Civil Veterinary Dept. Bombay admin report 1923-31 - 1923-1931
Year: 1923
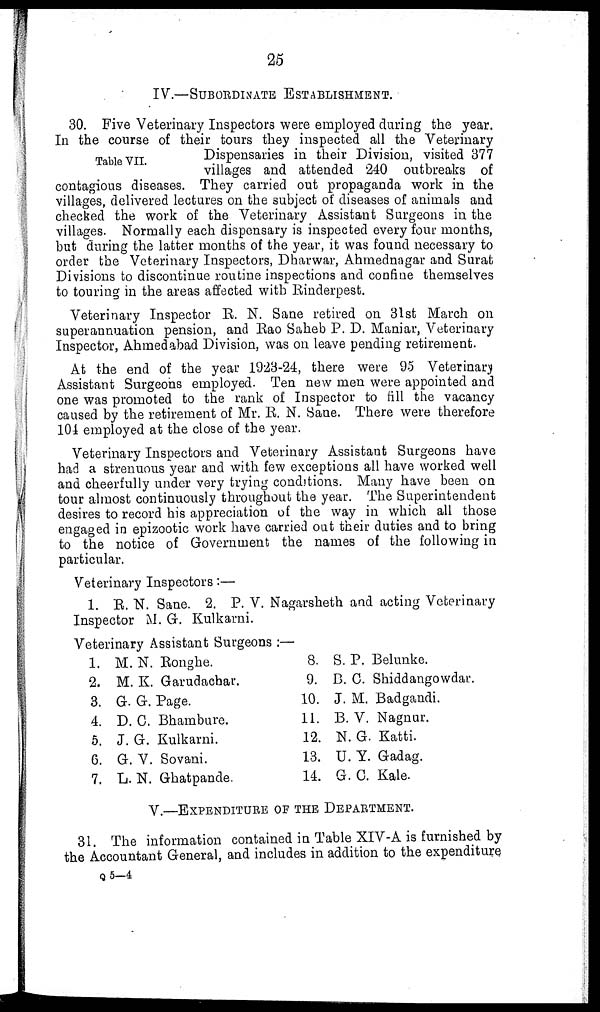
25
IV.—SUBORDINATE ESTABLISHMENT.
Table VII.
30. Five Veterinary Inspectors were employed during the year.
In the course of their tours they inspected all the Veterinary
Dispensaries in their Division, visited 377
villages and attended 240 outbreaks of
contagious diseases. They carried out propaganda work in the
villages, delivered lectures on the subject of diseases of animals and
checked the work of the Veterinary Assistant Surgeons in the
villages. Normally each dispensary is inspected every four months,
but during the latter months of the year, it was found necessary to
order the Veterinary Inspectors, Dharwar, Ahmednagar and Surat
Divisions to discontinue routine inspections and confine themselves
to touring in the areas affected with Rinderpest.
Veterinary Inspector R. N. Sane retired on 31st March on
superannuation pension, and Rao Saheb P. D. Maniar, Veterinary
Inspector, Ahmedabad Division, was on leave pending retirement.
At the end of the year 1923-24, there were 95 Veterinary
Assistant Surgeons employed. Ten new men were appointed and
one was promoted to the rank of Inspector to fill the vacancy
caused by the retirement of Mr. R. N. Sane. There were therefore
104 employed at the close of the year.
Veterinary Inspectors and Veterinary Assistant Surgeons have
had a strenuous year and with few exceptions all have worked well
and cheerfully under very trying conditions. Many have been on
tour almost continuously throughout the year. The Superintendent
desires to record his appreciation of the way in which all those
engaged in epizootic work have carried out their duties and to bring
to the notice of Government the names of the following in
particular.
Veterinary Inspectors:—
1. R. N. Sane. 2. P. V. Nagarsheth and acting Veterinary
Inspector M. G. Kulkarni.
Veterinary Assistant Surgeons :—
1. M. N. Ronghe.
2. M. K. Garudachar.
3. G. G. Page.
4. D. C. Bhambure.
5. J. G. Kulkarni.
6. G. V. Sovani.
7. L. N. Ghatpande.
8. S. P. Belunke.
9. B. C. Shiddangowdar.
10. J. M. Badgandi.
11. B. V. Nagnur.
12. N. G. Katti.
13. U. Y. Gadag.
14. G. C. Kale.
V.—EXPENDITURE OF THE DEPARTMENT.
31. The information contained in Table XIV-A is furnished by
the Accountant General, and includes in addition to the expenditure
Q 5—4